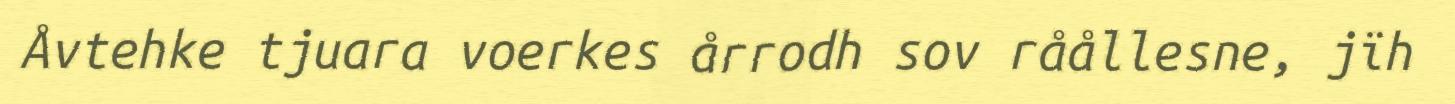
Åvtehke tjuara voerkes årrodh sov råållesne, jïh